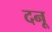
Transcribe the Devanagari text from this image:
दनू